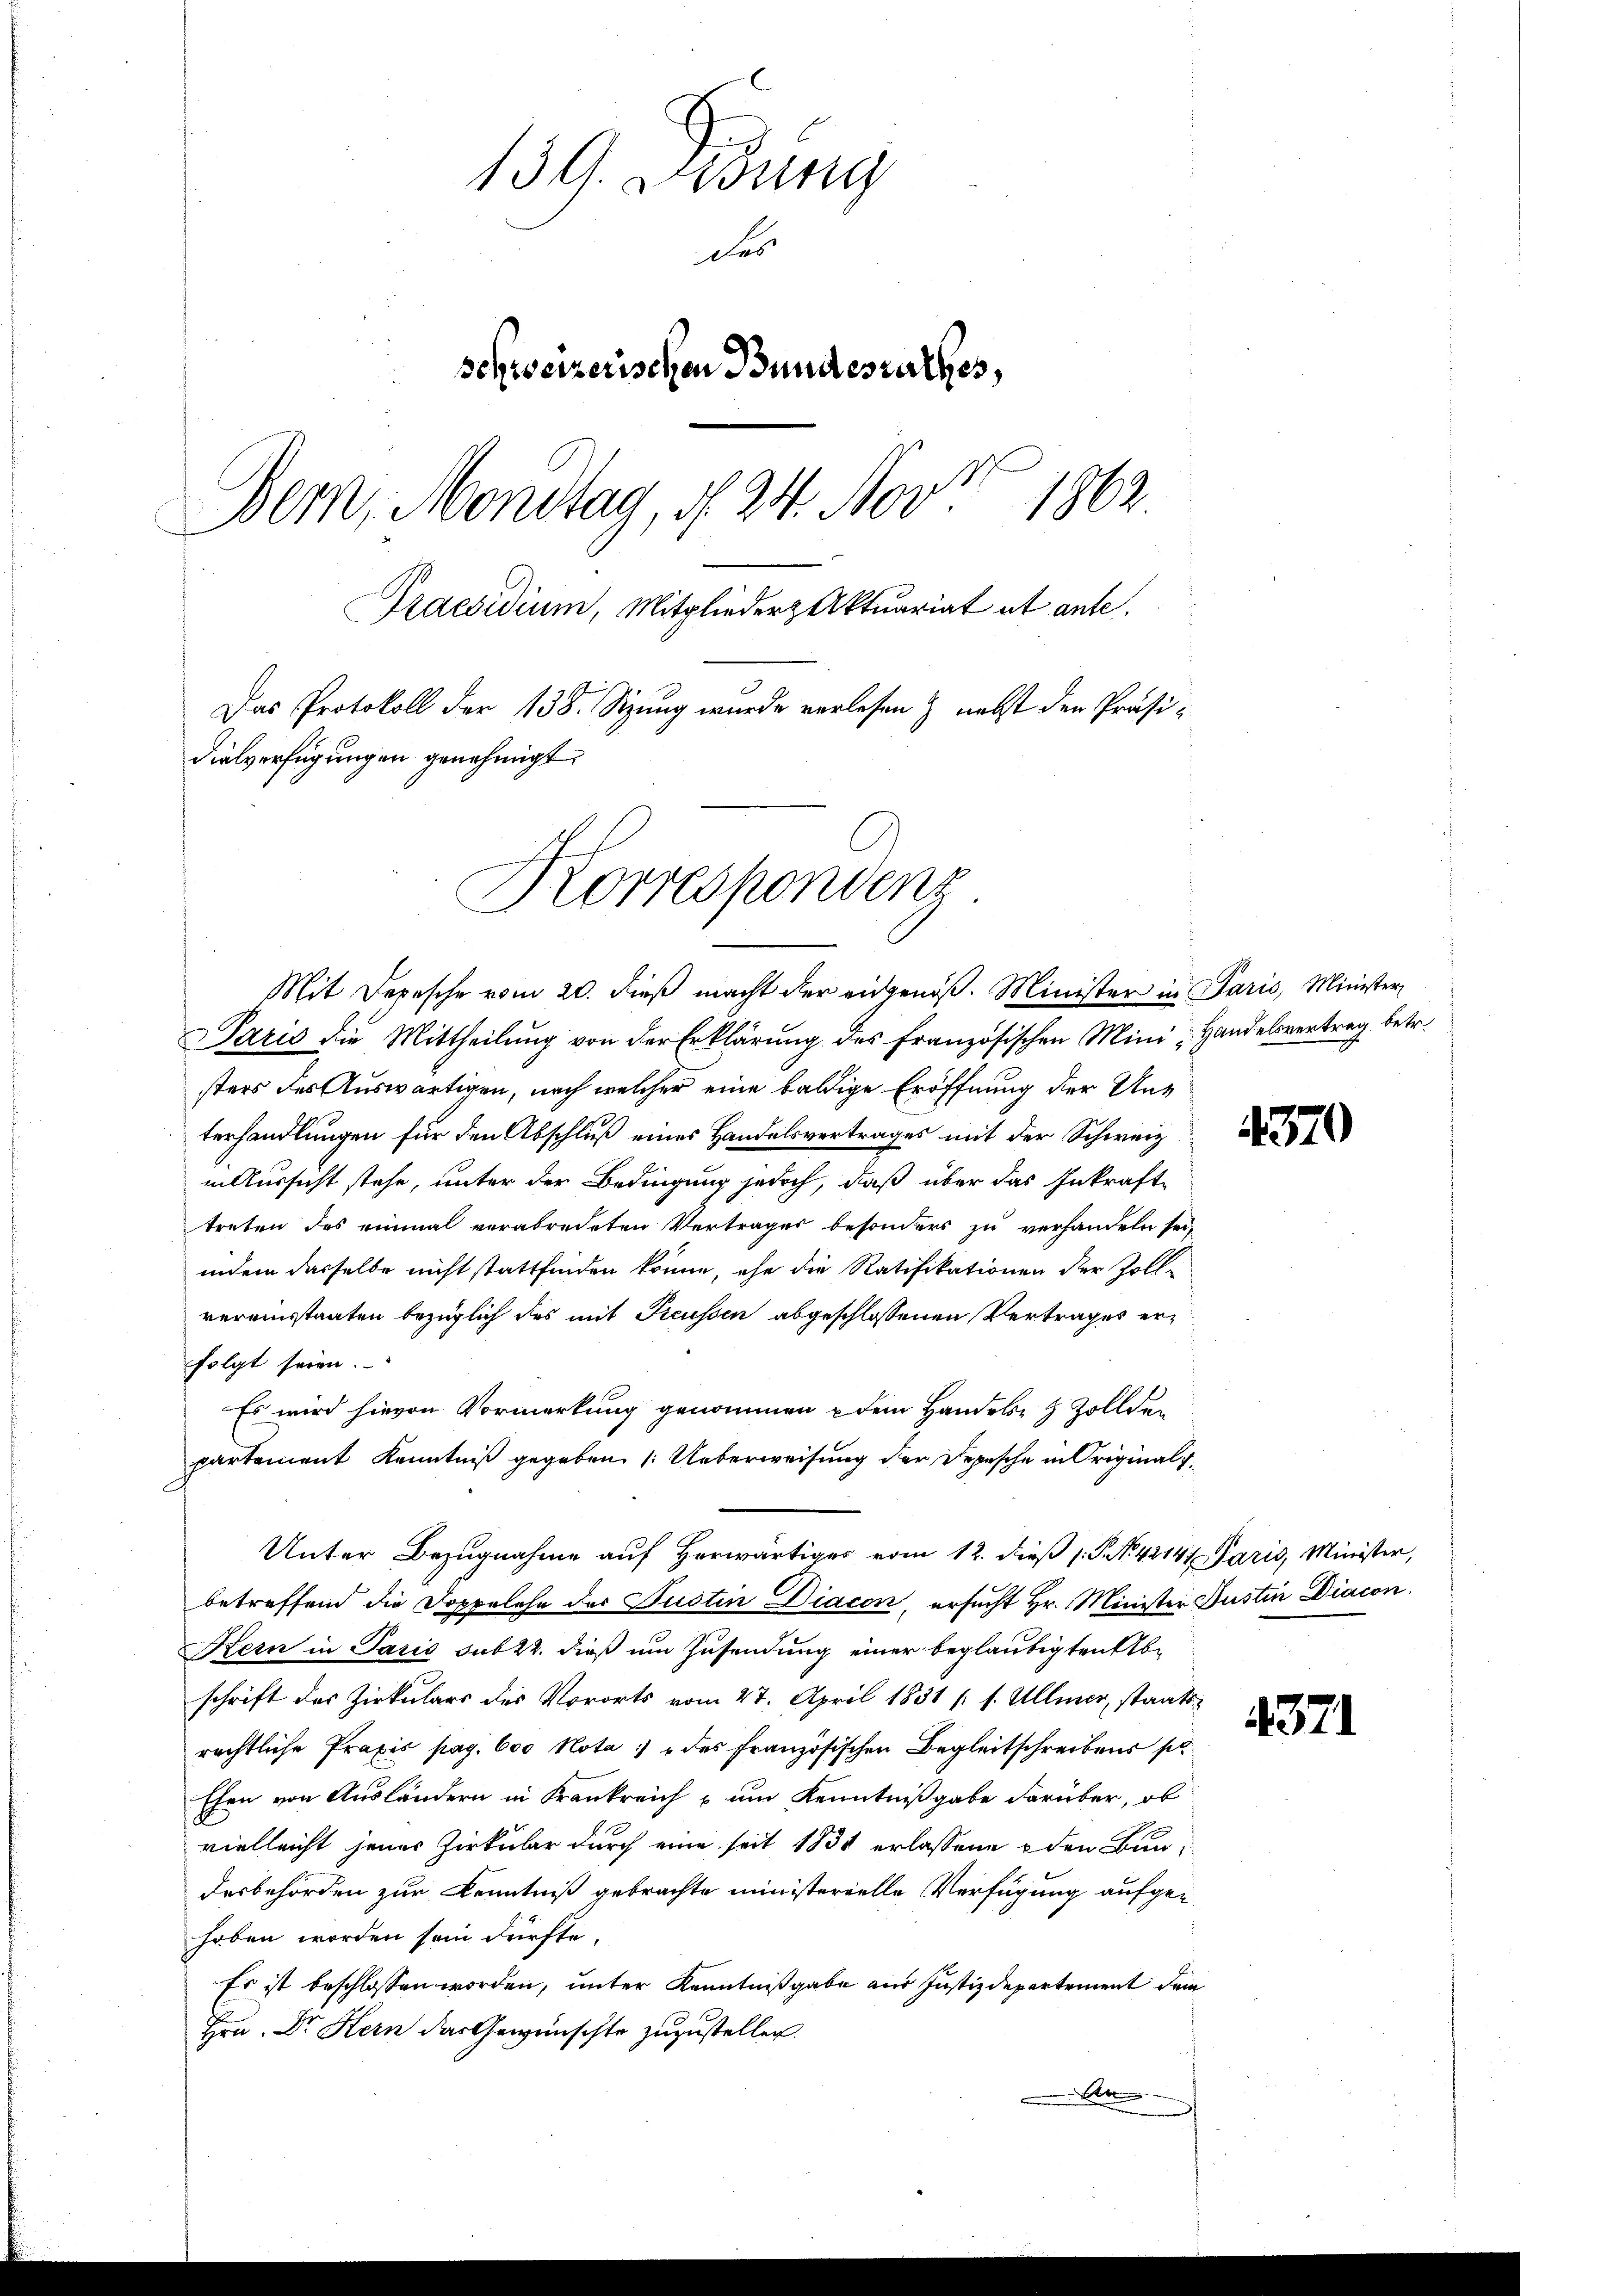
139. Dedung
des
schweizerischen Bundesrathes,
Bern, Mondtag, d. 24. Nov. 1862.
Praesidium, Mitglieder Aktuariat et ante.
Das Protokoll der 138. Sitzung wurde verlesen & nebst der Präsidielverfügungen genehmigt.

Korrespondenz

Mit Depesche vom 20. dieß macht der eidgenöß. Minister in Paris, Minister
Paris die Mittheilung von der Erklärung des französischen Mini-Handelsvertrag betr.
sters des Auswärtigen, nach welcher eine baldige Eröffnung der Unt
terhandlungen für den Abschluß eines Handelsvertrages mit der Schweiz
in Aussicht stehe, unter der Bedingung jedoch, daß über das Inkrafttreten des einmal verabredeten Vertrages besonders zu verhandeln sei,
indem dasselbe nicht stattfinden könne, ehe die Ratifikationen der Zollvereinsstaaten bezüglich des mit Preussen abgeschlossenen Vertrages erfolgt seien.
Es wird hievon Vormerkung genommen dem Handole z. Zollden
partement Kenntniß gegeben (: Ueberweisung der Depesche in Original¬
Unter Bezugnahme auf herwärtiges vom 12. dieß P. No. 42141 Paris, Minister,
betreffend die Doppelehe der Justin Diacon, ersucht Hr. Minister Justin Diacon
Kern in Paris sub 22. dieß um Zusendung einer beglaubigten Abschrift der Zirkulars des Vororts vom 27. April 1831 f. s. Ullmer, staats-
rechtliche Praxis pag. 600 Nota: " des französischen Begleitschreibens po
Ehen von Ausländern in Krankreich um Kenntnißgabe darüber, ob
vielleicht jenes Zirkular durch eine seit 1831 erlassene den Bundesbehörden zur Kenntniß gebrachte ministerielle Verfügung aufgehoben worden sein dürfte.
Es ist beschlossen worden, unter Kenntnißgabe aus Justizdepartement dem
Hrn. Dr Kern das Gewünschte zuzustellen.
n

4370

371